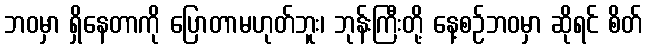
ဘဝမှာ ရှိနေတာကို ပြောတာမဟုတ်ဘူး၊ ဘုန်းကြီးတို့ နေ့စဉ်ဘဝမှာ ဆိုရင် စိတ်